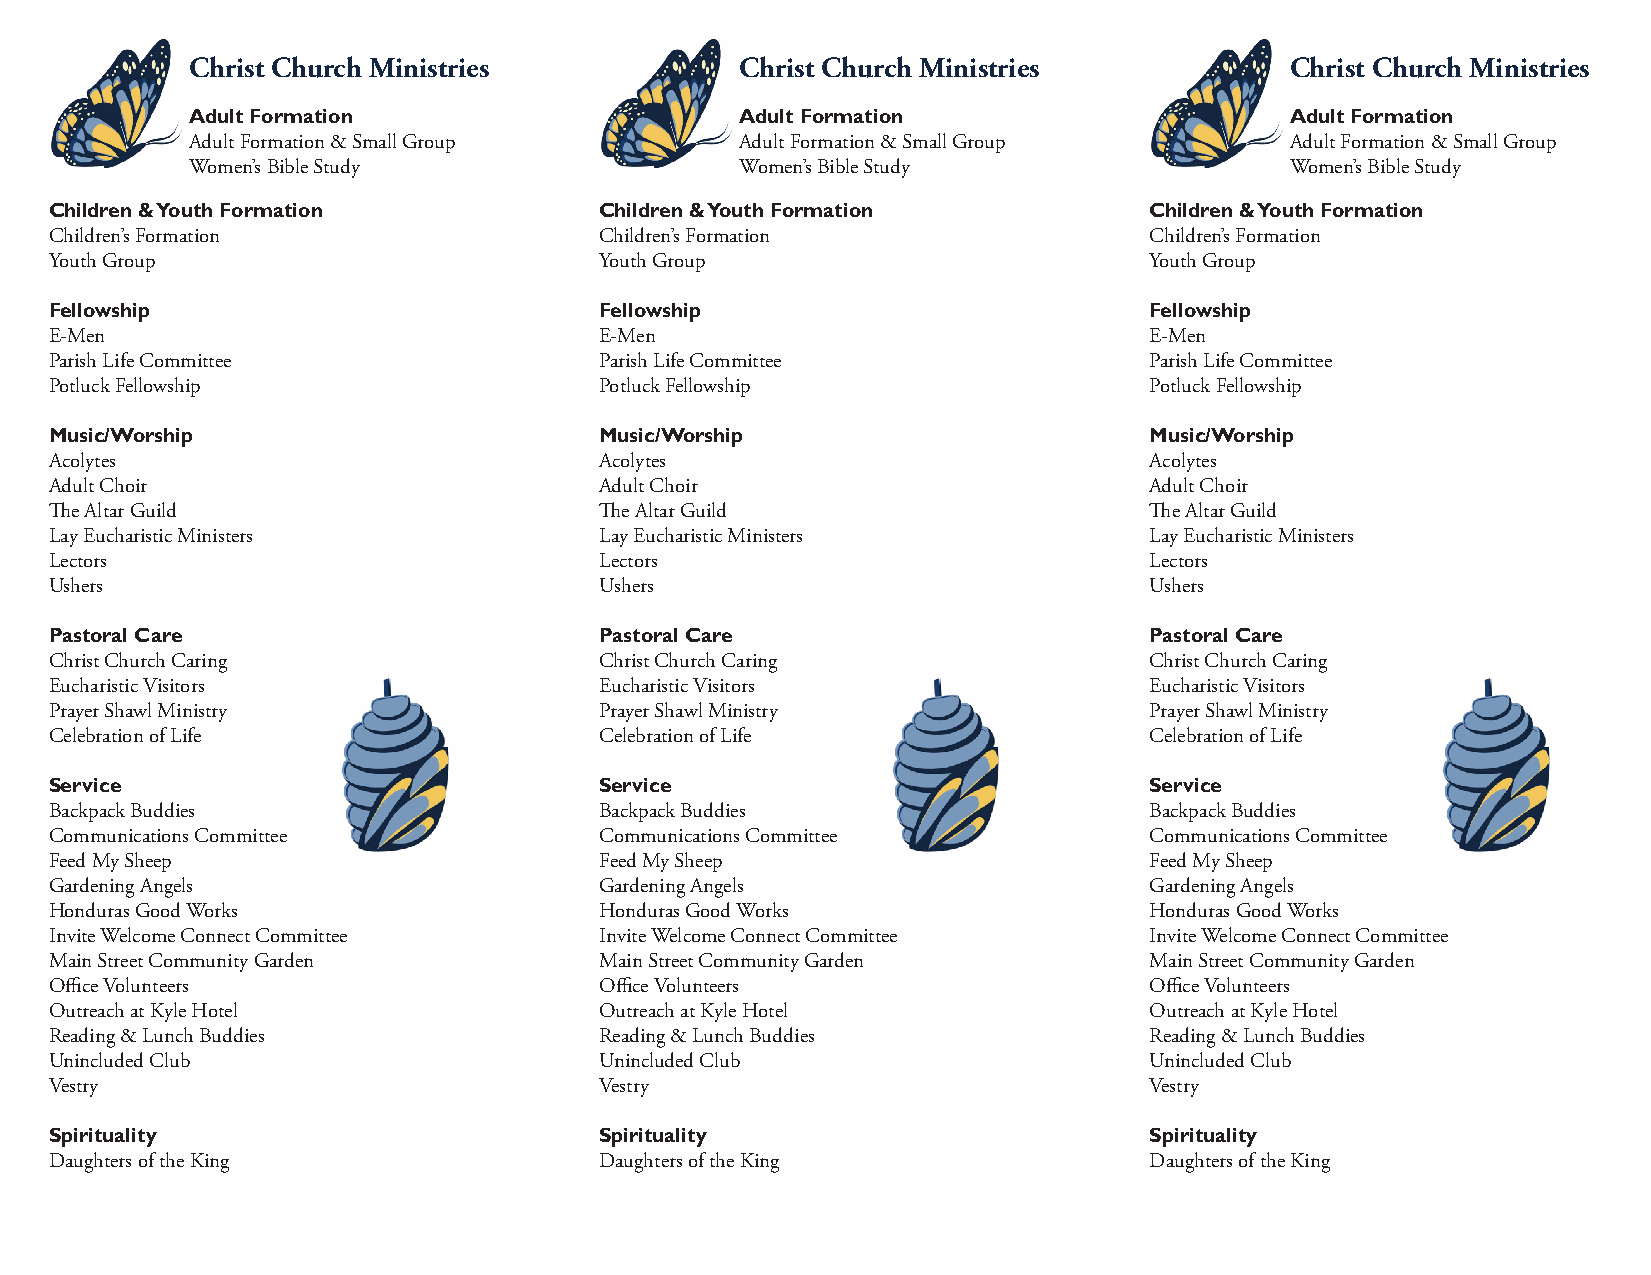
Christ Church Ministries             Christ Church Ministries            Christ Church Ministries
 Adult Formation                      Adult Formation                     Adult Formation
 Adult Formation & Small Group        Adult Formation & Small Group       Adult Formation & Small Group
 Women’s Bible Study                  Women’s Bible Study                 Women’s Bible Study
 Children & Youth Formation           Children & Youth Formation          Children & Youth Formation
 Children’s Formation                 Children’s Formation                Children’s Formation
 Youth Group                          Youth Group                         Youth Group
 Fellowship                           Fellowship                          Fellowship
 E-Men                                E-Men                               E-Men
 Parish Life Committee                Parish Life Committee               Parish Life Committee
 Potluck Fellowship                   Potluck Fellowship                  Potluck Fellowship
 Music/Worship                        Music/Worship                       Music/Worship
 Acolytes                             Acolytes                            Acolytes
 Adult Choir                          Adult Choir                         Adult Choir
 Th e Altar Guild                     Th e Altar Guild                    Th e Altar Guild
 Lay Eucharistic Ministers            Lay Eucharistic Ministers           Lay Eucharistic Ministers
 Lectors                              Lectors                             Lectors
 Ushers                               Ushers                              Ushers
 Pastoral Care                        Pastoral Care                       Pastoral Care
 Christ Church Caring                 Christ Church Caring                Christ Church Caring
 Eucharistic Visitors                 Eucharistic Visitors                Eucharistic Visitors
 Prayer Shawl Ministry                Prayer Shawl Ministry               Prayer Shawl Ministry
 Celebration of Life                  Celebration of Life                 Celebration of Life
 Service                              Service                             Service
 Backpack Buddies                     Backpack Buddies                    Backpack Buddies
 Communications Committee             Communications Committee            Communications Committee
 Feed My Sheep                        Feed My Sheep                       Feed My Sheep
 Gardening Angels                     Gardening Angels                    Gardening Angels
 Honduras Good Works                  Honduras Good Works                 Honduras Good Works
 Invite Welcome Connect Committee     Invite Welcome Connect Committee    Invite Welcome Connect Committee
 Main Street Community Garden         Main Street Community Garden        Main Street Community Garden
 Offi ce Volunteers                   Offi ce Volunteers                  Offi ce Volunteers
 Outreach at Kyle Hotel               Outreach at Kyle Hotel              Outreach at Kyle Hotel
 Reading & Lunch Buddies              Reading & Lunch Buddies             Reading & Lunch Buddies
 Unincluded Club                      Unincluded Club                     Unincluded Club
 Vestry                               Vestry                              Vestry
 Spirituality                         Spirituality                        Spirituality
 Daughters of the King                Daughters of the King               Daughters of the King